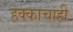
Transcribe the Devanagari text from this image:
हक्काचाही